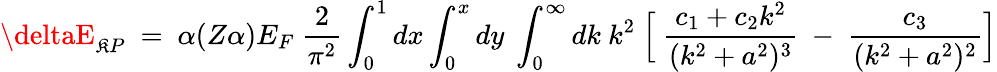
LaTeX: \deltaE_{\mathfrak{K}P}~=~\alpha(Z\alpha)E_{F}~\frac{{2}}{{\pi^{2}}}\int_{0}^{1}{dx}\int_{0}^{x}{dy}~\int_{0}^{\infty}{dk}~k^{2}~\Bigl[~\frac{{c_{1}+c_{2}k^{2}}}{{(k^{2}+a^{2})^{3}}}~-~\frac{{c_{3}}}{{(k^{2}+a^{2})^{2}}}\Bigr]